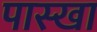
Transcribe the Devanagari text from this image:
पास्खा